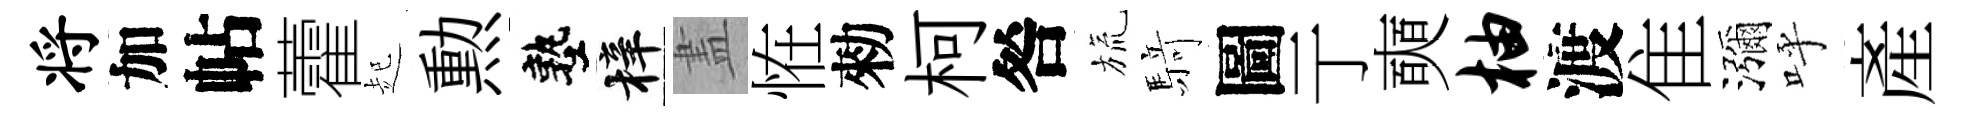
将加帖藿起勲塾梓𥁞恠勑柯咎旒𮪍圖亍奭柚渡隹瀰呼産